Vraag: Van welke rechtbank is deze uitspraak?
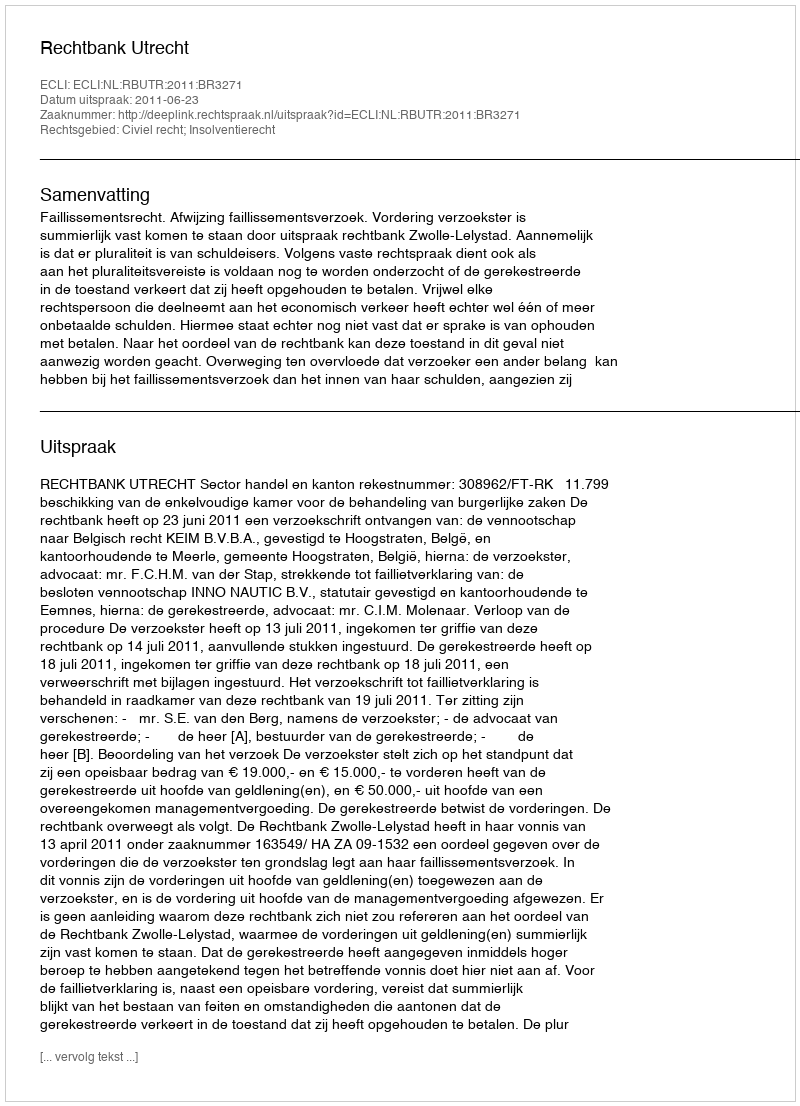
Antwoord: Rechtbank Utrecht